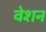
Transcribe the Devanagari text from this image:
वेशन